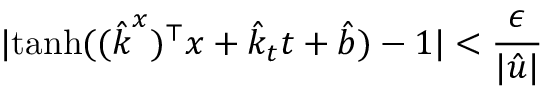
| \mathrm { t a n h } ( ( \boldsymbol { \hat { k } } ^ { x } ) ^ { \top } \boldsymbol { x } + \hat { k } _ { t } t + \hat { b } ) - 1 | < \frac { \epsilon } { | \hat { u } | }